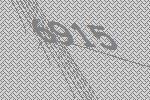
6915